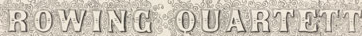
ROWING OUARTETT